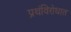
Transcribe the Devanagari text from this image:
प्रथंविरोधात